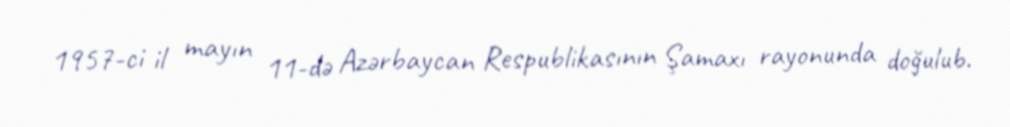
1957-ci il mayın 11-də Azərbaycan Respublikasının Şamaxı rayonunda doğulub.